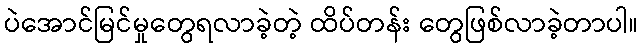
ပဲအောင်မြင်မှုတွေရလာခဲ့တဲ့ ထိပ်တန်း တွေဖြစ်လာခဲ့တာပါ။